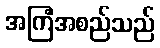
အကြံအစည်သည်